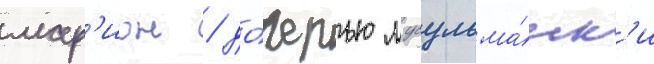
мар'ион / до́черью мусульма́нк'и